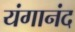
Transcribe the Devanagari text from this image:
यंगानंद